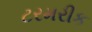
ટરમરીક